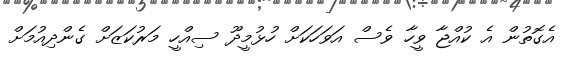
އެގޮތުން އެ ކުއްޖާ ވީހާ ވެސް އަވަހަކަށް ހުޅުމީދޫ ސިއްހީ މަރުކަޒަށް ގެންދިއުމަށް